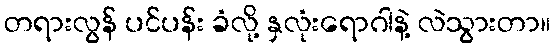
တရားလွန် ပင်ပန်း ခံလို့ နှလုံးရောဂါနဲ့ လဲသွားတာ။